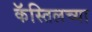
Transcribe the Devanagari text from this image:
कॅस्तिलच्या